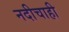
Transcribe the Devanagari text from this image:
नदीचाही